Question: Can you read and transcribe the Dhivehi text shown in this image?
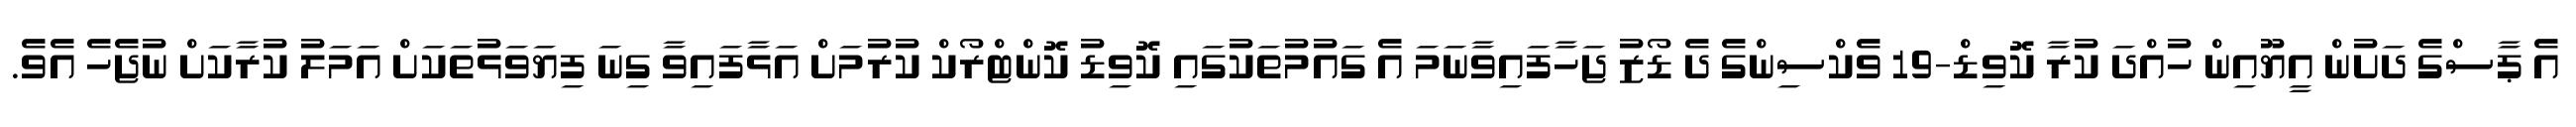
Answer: އެ ޕާސްގެ ދަށުން އީޔޫއިން ހުއްދަ ކުރާ ކޮވިޑް-19 ވެކްސިންގެ ދެ ޑޯޒު ޖަހާފައިވާނަމަ އެ ގައުމުތަކުގައި ކޮވިޑު ކޮންޓްރޯކް ކުރުމަށް އަޅާފައިވާ ގިނަ ފިޔަވަޅުތަކަށް އަމަލު ކުރާކަށް ނުޖެހެ އެވެ.